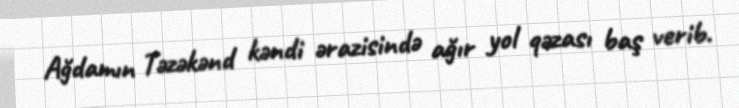
Ağdamın Təzəkənd kəndi ərazisində ağır yol qəzası baş verib.